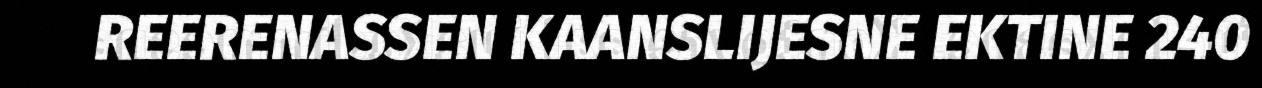
REERENASSEN KAANSLIJESNE EKTINE 240